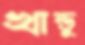
খান্ডু